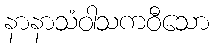
နာနာသံဝါသကဝီသော